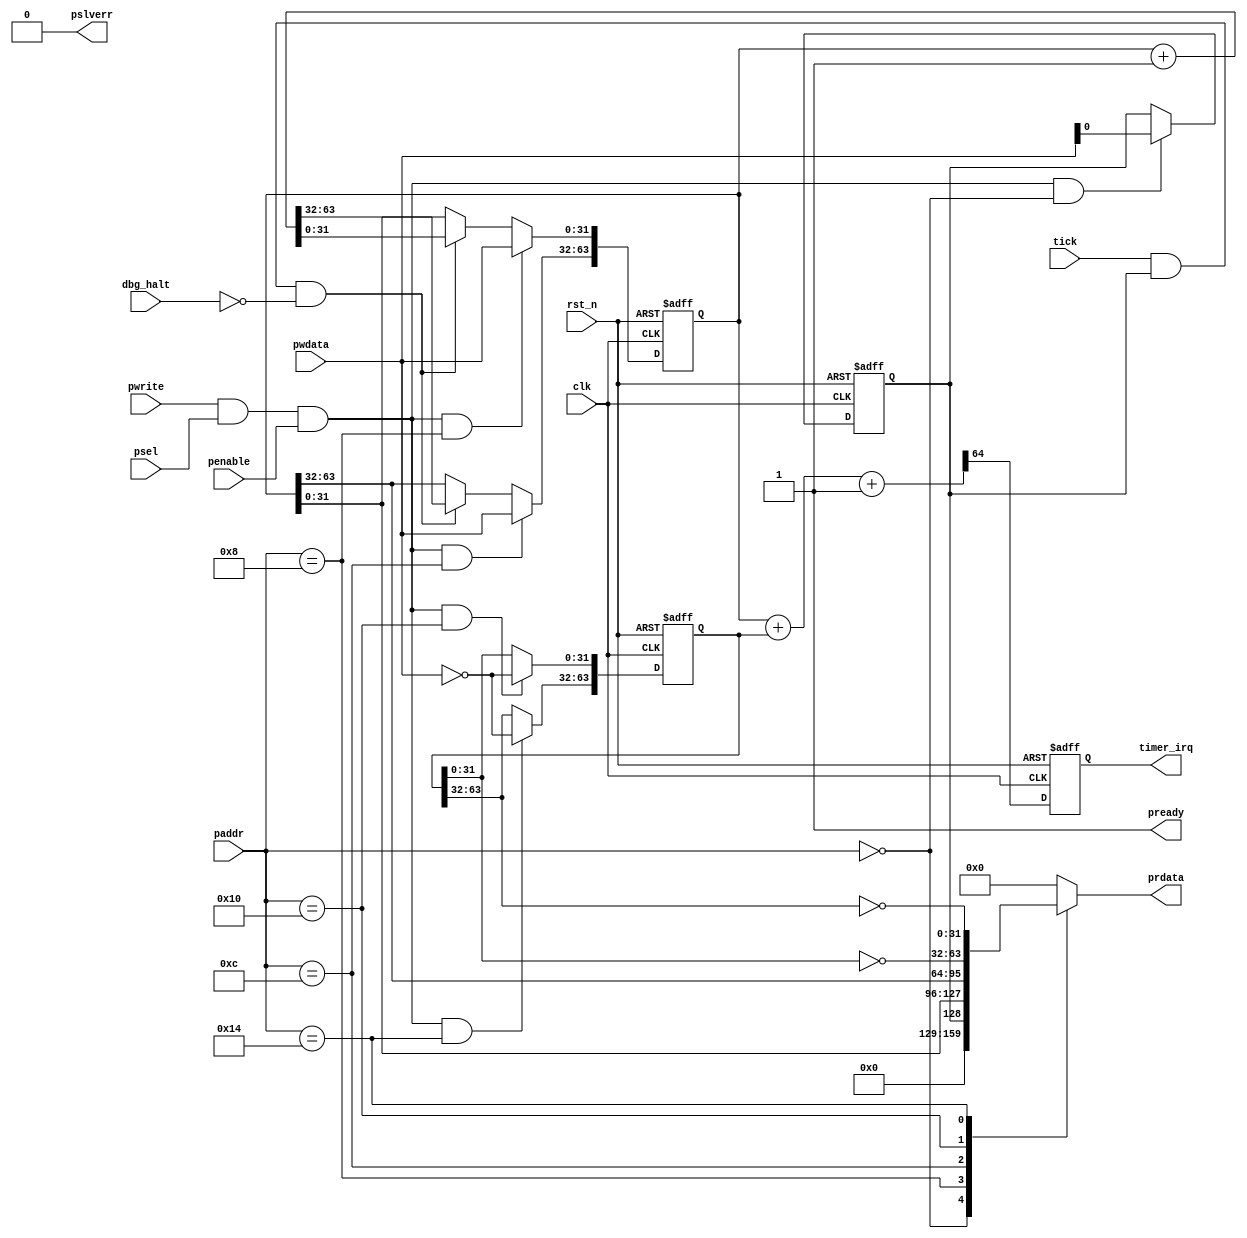
module hazard3_riscv_timer #(
	parameter TICK_IS_NRZ = 0
) (
	input  wire               clk,
	input  wire               rst_n,

	input  wire [15:0]        paddr,
	input  wire               psel,
	input  wire               penable,
	input  wire               pwrite,
	input  wire [31:0]        pwdata,
	output reg  [31:0]        prdata,
	output wire               pready,
	output wire               pslverr,

	input  wire               dbg_halt,
	input  wire               tick,

	output reg                timer_irq
);

localparam ADDR_CTRL      = 16'h0000;
localparam ADDR_MTIME     = 16'h0008;
localparam ADDR_MTIMEH    = 16'h000c;
localparam ADDR_MTIMECMP  = 16'h0010;
localparam ADDR_MTIMECMPH = 16'h0014;

// ----------------------------------------------------------------------------
// Timer tick logic

wire tick_event;

generate
if (TICK_IS_NRZ) begin: edge_detect

	wire tick_nrz_sync;

	hazard3_sync_1bit tick_sync_u (
		.clk    (clk),
		.rst_n  (rst_n),
		.i      (tick_nrz),
		.o      (tick_nrz_sync)
	);

	reg tick_nrz_prev;
	always @ (posedge clk or negedge rst_n) begin
		if (!rst_n) begin
			tick_nrz_prev <= 1'b0;
		end else begin
			tick_nrz_prev <= tick_nrz_sync;
		end
	end

	assign tick_event = tick_nrz_sync ^ tick_nrz_sync_prev;

end else begin: no_edge_detect

	assign tick_event = tick;

end
endgenerate

reg ctrl_en;
wire tick_now = tick_event && ctrl_en && !dbg_halt;

// ----------------------------------------------------------------------------
// Counter registers

wire bus_write = pwrite && psel && penable;
wire bus_read = !pwrite && psel && penable;

always @ (posedge clk or negedge rst_n) begin
	if (!rst_n) begin
		ctrl_en <= 1'b1;
	end else if (bus_write && paddr == ADDR_CTRL) begin
		ctrl_en <= pwdata[0];
	end
end

reg [63:0] mtime;

always @ (posedge clk or negedge rst_n) begin
	if (!rst_n) begin
		mtime <= 64'h0;
	end else begin
		if (tick_now)
			mtime <= mtime + 1'b1;
		if (bus_write && paddr == ADDR_MTIME)
			mtime[31:0] <= pwdata;
		if (bus_write && paddr == ADDR_MTIMEH)
			mtime[63:32] <= pwdata;
	end
end

// mtimecmp is stored inverted for minor LUT savings on iCE40
reg  [63:0] mtimecmp;
wire [64:0] cmp_diff = {1'b0, mtime} + {1'b0, mtimecmp} + 65'd1;

always @ (posedge clk or negedge rst_n) begin
	if (!rst_n) begin
		mtimecmp <= 64'h0;
		timer_irq <= 1'b0;
	end else begin
		if (bus_write && paddr == ADDR_MTIMECMP)
			mtimecmp[31:0] <= ~pwdata;
		if (bus_write && paddr == ADDR_MTIMECMPH)
			mtimecmp[63:32] <= ~pwdata;
		timer_irq <= cmp_diff[64];
	end
end

always @ (*) begin
	case (paddr)
	ADDR_CTRL:      prdata = {31'h0, ctrl_en};
	ADDR_MTIME:     prdata = mtime[31:0];
	ADDR_MTIMEH:    prdata = mtime[63:32];
	ADDR_MTIMECMP:  prdata = ~mtimecmp[31:0];
	ADDR_MTIMECMPH: prdata = ~mtimecmp[63:32];
	default:        prdata = 32'h0;
	endcase
end

assign pready = 1'b1;
assign pslverr = 1'b0;

endmodule